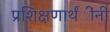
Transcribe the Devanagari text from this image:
प्रशिक्षणार्थंींनी